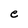
Character: e